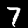
Digit: 7